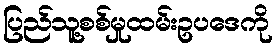
ပြည်သူ့စစ်မှုထမ်းဥပဒေကို